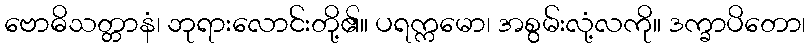
ဗောဓိသတ္တာနံ၊ ဘုရားလောင်းတို့၏။ ပရက္ကမော၊ အစွမ်းလုံ့လကို။ ဒက္ခာပိတော၊